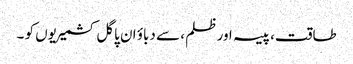
طاقت، پیسہ اور ظلم ، سے دباؤ ان پاگل کشمیریوں کو ۔